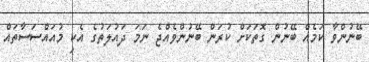
ބޭނުންވާ ކަމެއް ބޭނުން ގޮތަކަށް ކުރަން ބޭނުންވެއްޖެ ނަމަ ދައުލަތުގެ އެކި މުއައްސަސާތައް